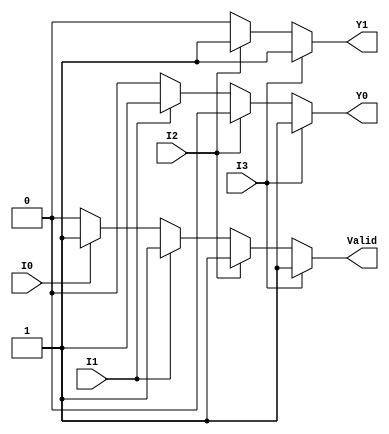
module priority_encoder(
    input wire I0,    // Input 0
    input wire I1,    // Input 1
    input wire I2,    // Input 2
    input wire I3,    // Input 3
    output reg Y1,    // Most significant bit of output
    output reg Y0,    // Least significant bit of output
    output reg Valid   // Valid output
);

always @(*) begin
    // Default outputs
    Y1 = 1'b0;
    Y0 = 1'b0;
    Valid = 1'b0;

    // Check which input has the highest priority
    if (I3) begin
        Y1 = 1'b1;  // Y1 = 1, Y0 = 1 for I3
        Y0 = 1'b1;
        Valid = 1'b1;
    end
    else if (I2) begin
        Y1 = 1'b1;  // Y1 = 1, Y0 = 0 for I2
        Y0 = 1'b0;
        Valid = 1'b1;
    end
    else if (I1) begin
        Y1 = 1'b0;  // Y1 = 0, Y0 = 1 for I1
        Y0 = 1'b1;
        Valid = 1'b1;
    end
    else if (I0) begin
        Y1 = 1'b0;  // Y1 = 0, Y0 = 0 for I0
        Y0 = 1'b0;
        Valid = 1'b1;
    end
    else begin
        Valid = 1'b0; // No valid output if all inputs are 0
    end
end

endmodule